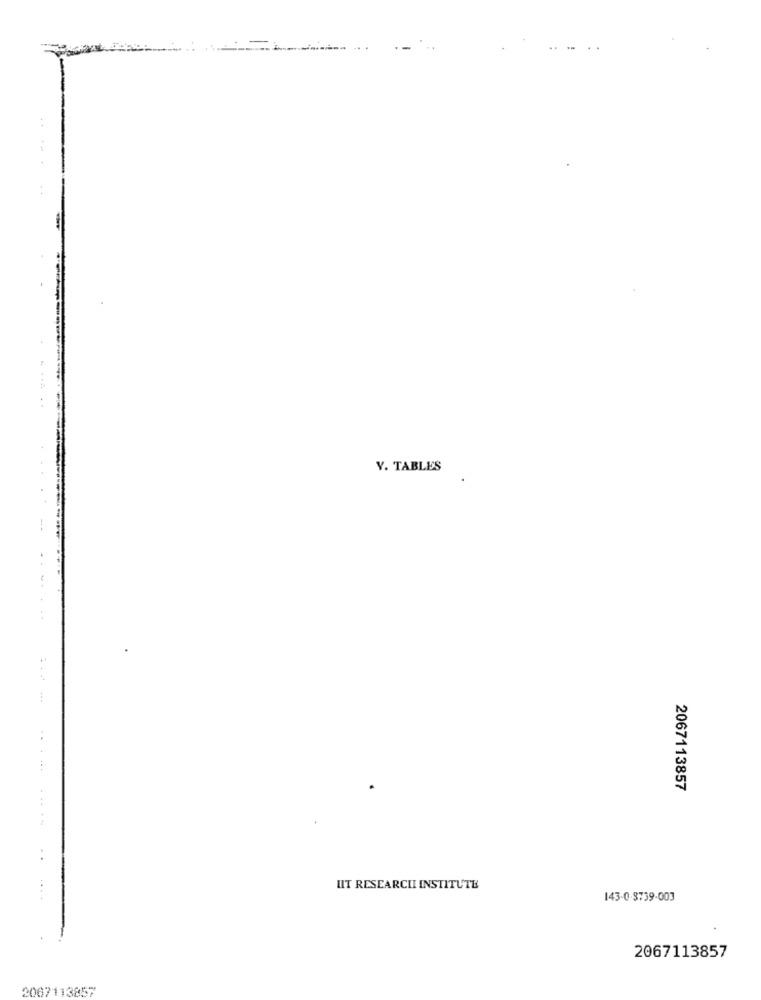
Y. TABLES
2067113857
...... .....
..
UT RESEARCH INSTITUTE
143-0-3739-003
2067113857
2067113857